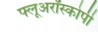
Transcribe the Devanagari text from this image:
फ्लूअरॉस्कोपी